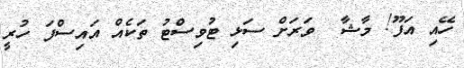
ހޭއި އަފޫ! މާޝާ  ވަރަށް ސަޅި ޓުވިސްޓު ތަކެއް އައިސްފަ ހުރީ